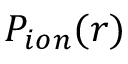
P _ { i o n } ( r )